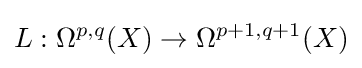
L:\Omega ^{p,q}(X)\to \Omega ^{p+1,q+1}(X)